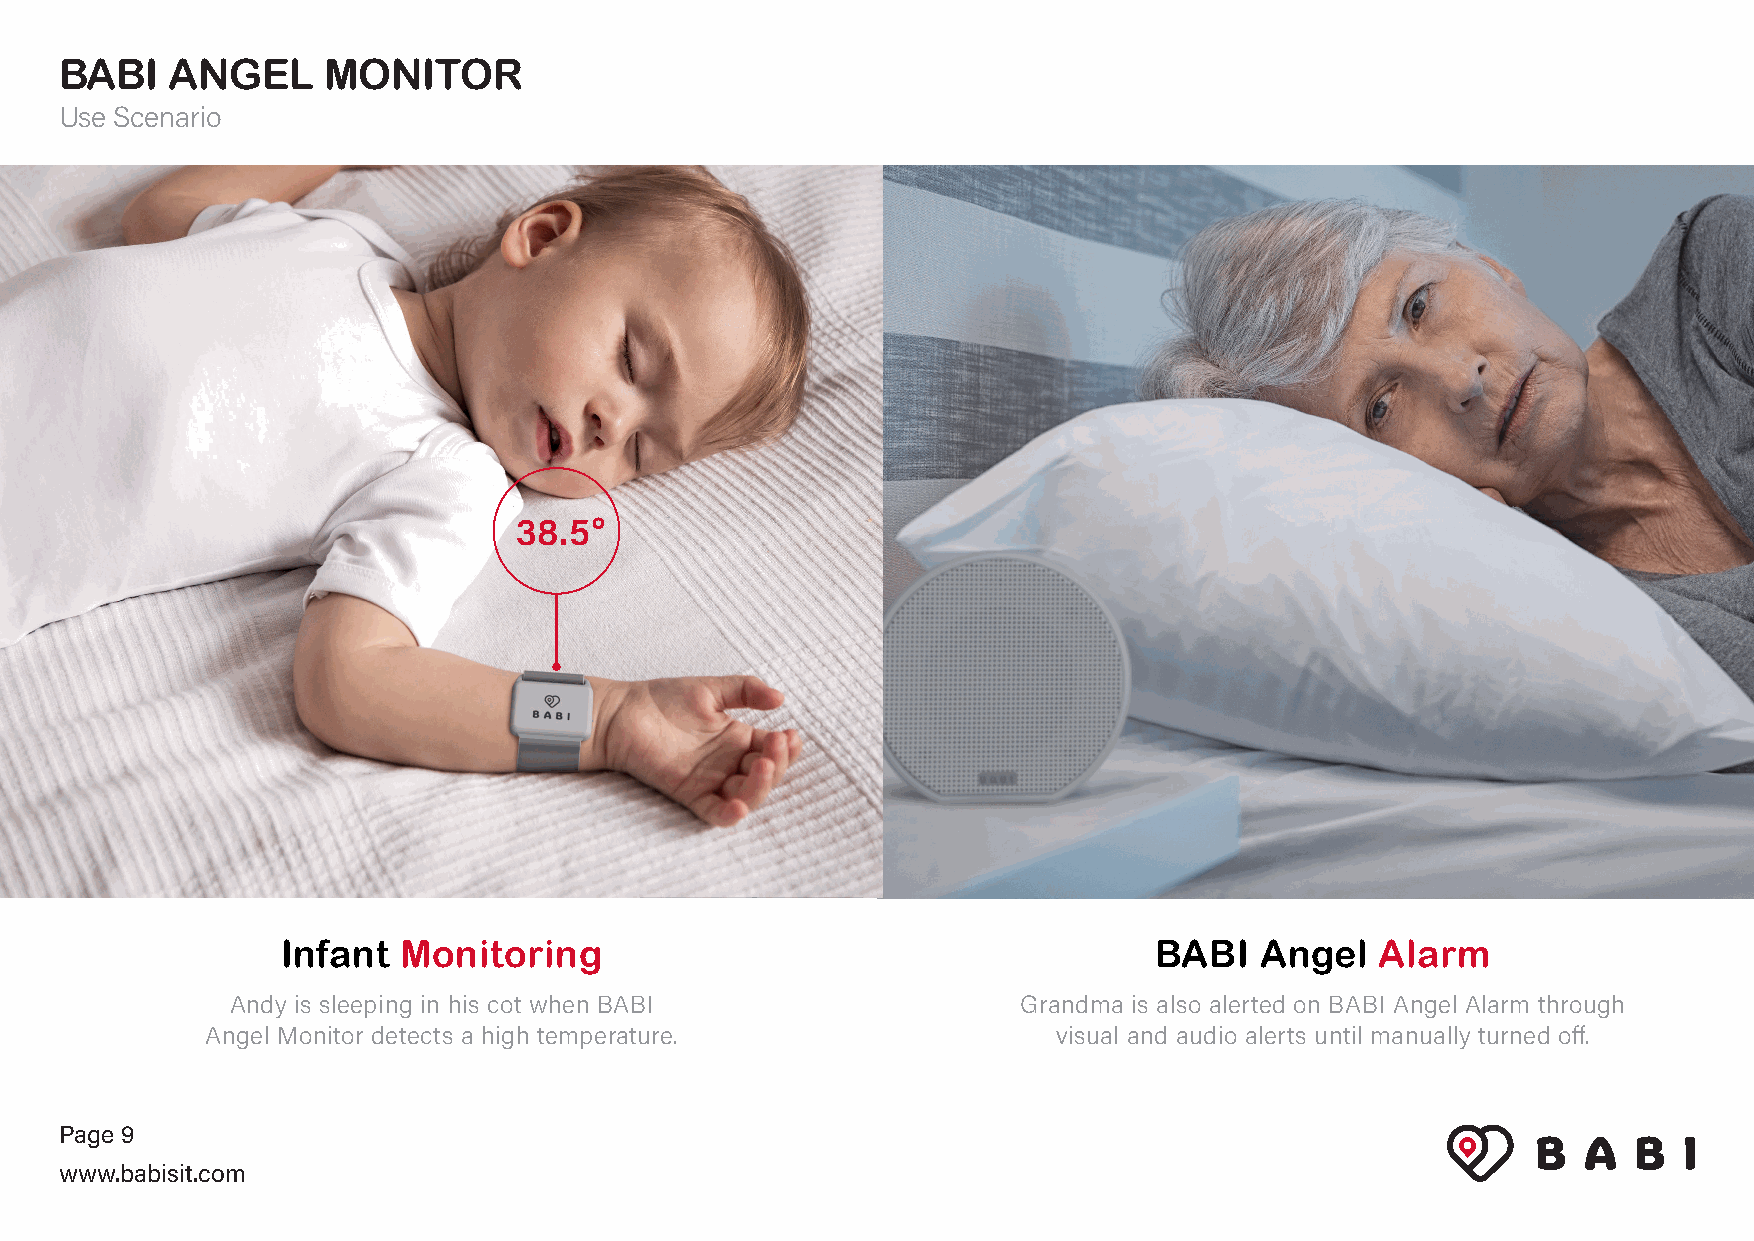
BABI   ANGEL     MONITOR
 Use Scenario
 38.5°
 Infant Monitoring                                        BABI   Angel   Alarm
 Andy is sleeping in his cot when BABI                Grandma is also alerted on BABI Angel Alarm through
 Angel Monitor detects a high temperature.               visual and audio alerts until manually turned off.
 Page 9
 www.babisit.com